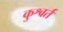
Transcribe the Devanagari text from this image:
कुश्वर्त